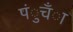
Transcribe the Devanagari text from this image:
पंुचँा